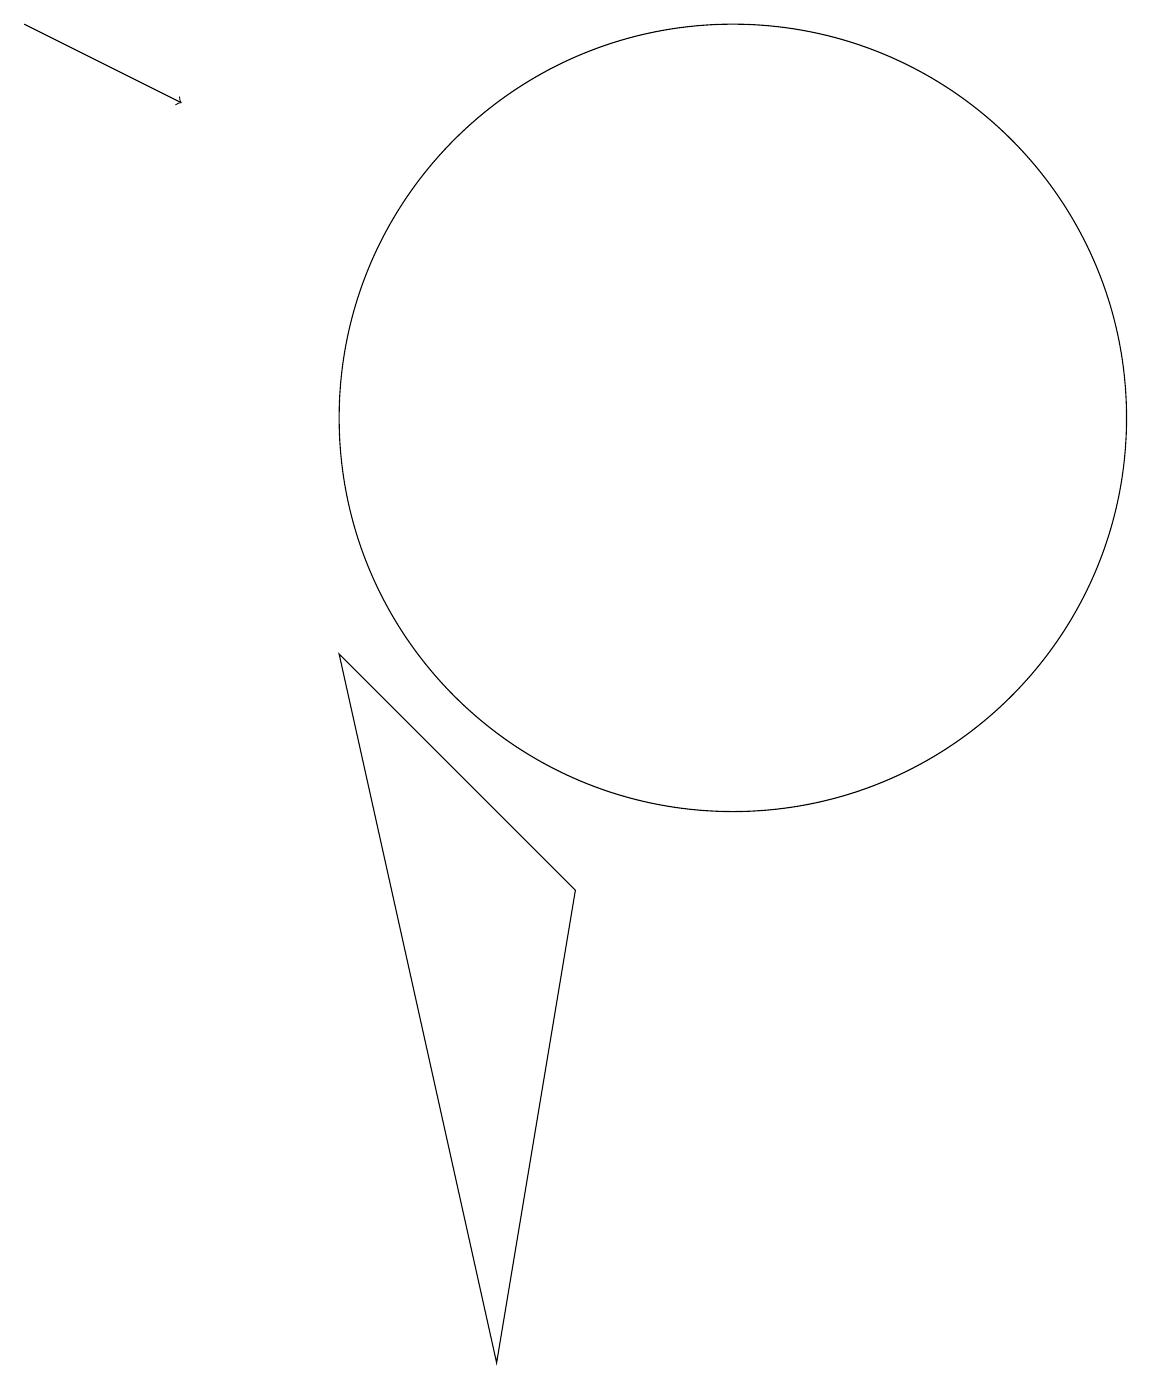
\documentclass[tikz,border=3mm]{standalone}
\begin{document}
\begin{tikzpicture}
\draw (10,12) circle (5);
\draw[->] (1,17) -- (3,16);
\draw (7,0) -- (5,9) -- (8,6) -- cycle;
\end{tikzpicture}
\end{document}